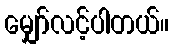
မျှော်လင့်ပါတယ်။